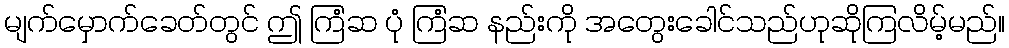
မျက်မှောက်ခေတ်တွင် ဤ ကြံဆ ပုံ ကြံဆ နည်းကို အတွေးခေါင်သည်ဟုဆိုကြလိမ့်မည်။